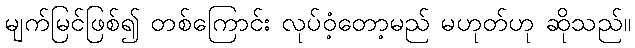
မျက်မြင်ဖြစ်၍ တစ်ကြောင်း လုပ်ဝံ့တော့မည် မဟုတ်ဟု ဆိုသည်။